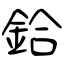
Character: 鉿